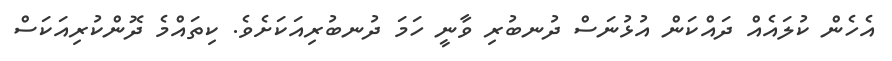
އެހެން ކުލައެއް ދައްކަން އުޅުނަސް ދުނބުރި ވާނީ ހަމަ ދުނބުރިއަކަށެވެ. ކިތައްމެ ދޮންކުރިއަކަސް